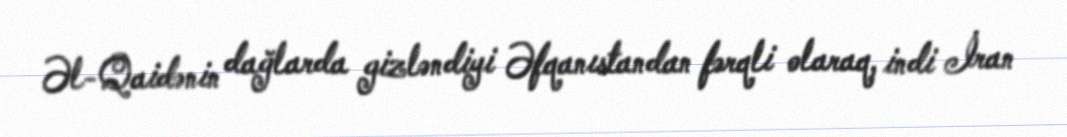
Əl-Qaidənin dağlarda gizləndiyi Əfqanıstandan fərqli olaraq, indi İran